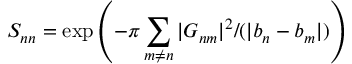
S _ { n n } = \exp \left( - \pi \sum _ { m \neq n } | { \cal G } _ { n m } | ^ { 2 } / ( | b _ { n } - b _ { m } | ) \right)